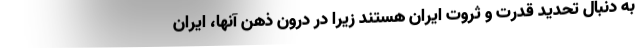
به دنبال تحدید قدرت و ثروت ایران هستند زیرا در درون ذهن آنها، ایران